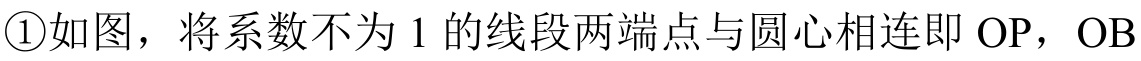
\textcircled{1}如图，将系数不为\(1\)的线段两端点与圆心相连即\(OP\)，\(OB\)